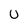
Character: U